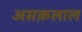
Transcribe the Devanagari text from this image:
असक़लाल